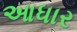
આધાર